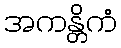
အကန္တိကံ